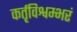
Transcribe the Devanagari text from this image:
कर्तृविश्वम्भरं